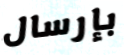
بإرسال